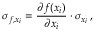
{ \sigma _ { f , x _ { i } } } = \frac { \partial f ( x _ { i } ) } { \partial x _ { i } } \cdot \sigma _ { x _ { i } } \, ,